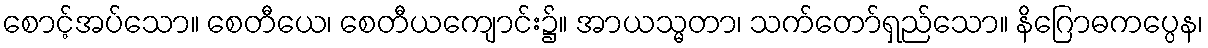
စောင့်အပ်သော။ စေတီယေ၊ စေတီယကျောင်း၌။ အာယသ္မတာ၊ သက်တော်ရှည်သော။ နိဂြောဓကပ္ပေန၊